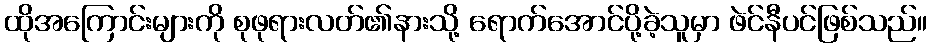
ထိုအကြောင်းများကို စုဖုရားလတ်၏နားသို့ ရောက်အောင်ပို့ခဲ့သူမှာ ဖဲင်နီပင်ဖြစ်သည်။